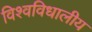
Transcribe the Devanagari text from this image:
विश्वविधालीय